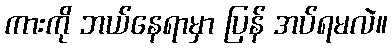
ကားကို ဘယ်နေရာမှာ ပြန် အပ်ရမလဲ။